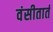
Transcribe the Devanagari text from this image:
वंसीतार्त